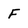
Character: F